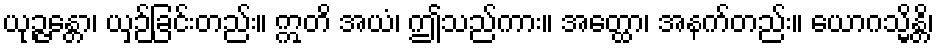
ယုဉ္ဇန္တော၊ ယှဉ်ခြင်းတည်း။ ဣတိ အယံ၊ ဤသည်ကား။ အတ္ထော၊ အနက်တည်း။ ယောဂသ္မိန္တိ၊